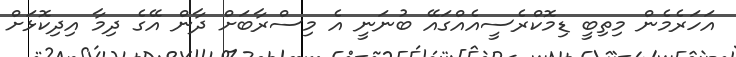
އަހަރެމެން މިތިބީ ޑިމޮކްރެސީއެއްގައޭ ބުނަނީ އެ މިސްރާބަށް ދާން އޭގެ ދިމާ އިދިކޮޅަށް